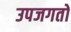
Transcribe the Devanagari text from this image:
उपजगतों